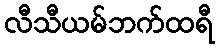
လီသီယမ်ဘက်ထရီ